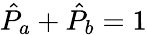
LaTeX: \hat{P}_{a}+\hat{P}_{b}=1